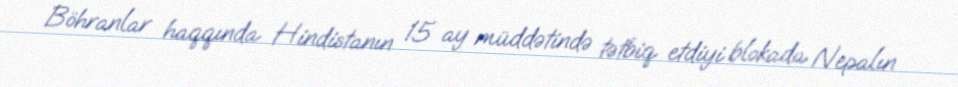
Böhranlar haqqında Hindistanın 15 ay müddətində tətbiq etdiyi blokada Nepalın